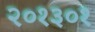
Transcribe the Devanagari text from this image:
२०१३०१